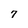
Character: 7